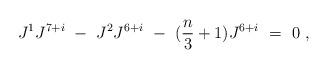
LaTeX: \begin{align*}J^1 J^{7+i}\ -\ J^2 J^{6+i}\ -\ ({n \over 3}+1) J^{6+i}\ =\ 0\ ,\end{align*}